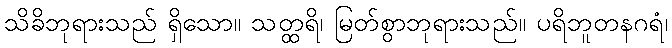
သိခိဘုရားသည် ရှိသော။ သတ္ထရိ၊ မြတ်စွာဘုရားသည်။ ပရိဘူတနဂရံ၊